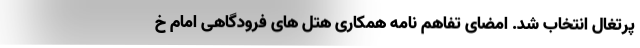
پرتغال انتخاب شد. امضای تفاهم نامه همکاری هتل های فرودگاهی امام خ